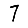
Digit: 7